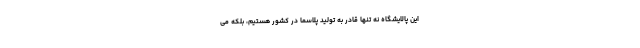
این پالایشگاه نه تنها قادر به تولید پلاسما در کشور هستیم، بلکه می